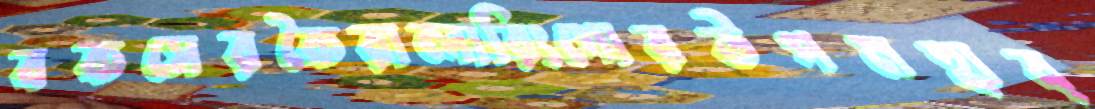
বকসেরকৈরালারিংগোরউপমহাব্